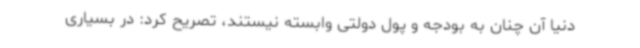
دنیا آن چنان به بودجه و پول دولتی وابسته نیستند، تصریح کرد: در بسیاری